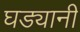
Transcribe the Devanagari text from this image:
घड्यानी